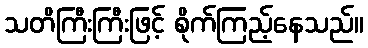
သတိကြီးကြီးဖြင့် စိုက်ကြည့်နေသည်။